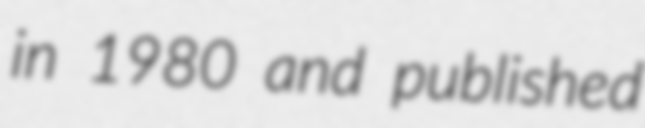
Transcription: in 1980 and published